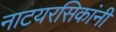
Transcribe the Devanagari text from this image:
नाटयरसिकांनी